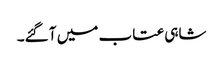
شاہی عتاب میں آ گئے۔